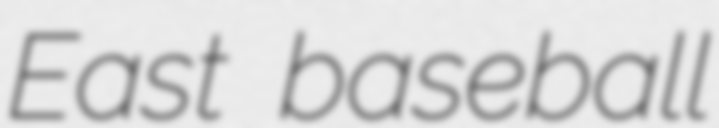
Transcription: East baseball